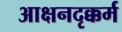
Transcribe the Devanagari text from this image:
आक्षनदृक्कर्म